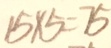
1 5 \times 5 = 7 5